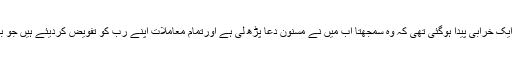
لیکن اس کی کوتاہ فہمی اوراسلامی تعلیمات سے صحیح معانی میں ناشناسی کے باعث اس میں ایک خرابی پیدا ہوگئی تھی کہ وہ سمجھتا اب میں نے مسنون دعا پڑھ لی ہے اورتمام معاملات اپنے رب کو تفویض کردیئے ہیں جو بہترین کارساز اورخیر الحافظین ہے اب میں کچھ بھی کروں مجھے کوئی نقصان نہیں پہنچ سکتا۔